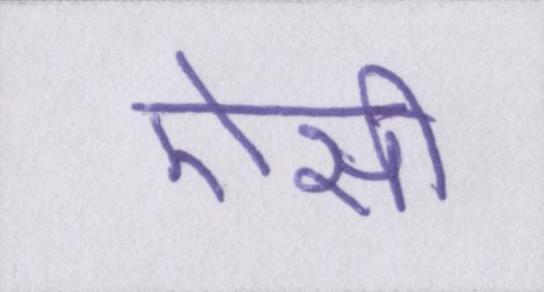
ऐसी